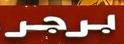
برجر